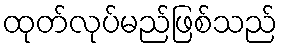
ထုတ်လုပ်မည်ဖြစ်သည်